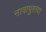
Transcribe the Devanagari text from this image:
नावापुरत्या